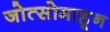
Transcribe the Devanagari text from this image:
जोत्सोमाहून